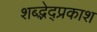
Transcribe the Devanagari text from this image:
शब्द्भेद्प्रकाश